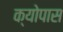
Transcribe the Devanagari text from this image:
क्योपास